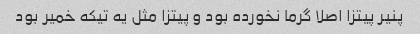
پنیر پیتزا اصلا گرما نخورده بود و پیتزا مثل یه تیکه خمیر بود